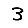
Digit: 3